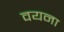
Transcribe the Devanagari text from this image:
वयना